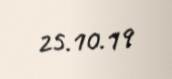
25.10.19